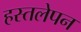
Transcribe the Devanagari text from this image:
हस्तलेपन